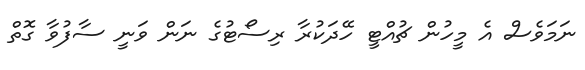
ނަމަވެސް އެ މީހުން ޗުއްޓީ ހޭދަކުރާ ރިސޯޓުގެ ނަން ވަނީ ސާފުވާ ގޮތް